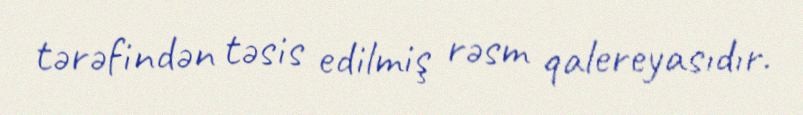
tərəfindən təsis edilmiş rəsm qalereyasıdır.